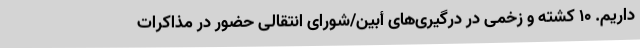
داریم. 10 کشته و زخمی در درگیری‌های أبین/شورای انتقالی حضور در مذاکرات